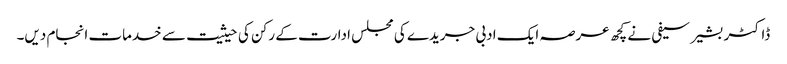
ڈاکٹر بشیر سیفی نے کچھ عرصہ ایک ادبی جریدے کی مجلس ادارت کے رکن کی حیثیت سے خدمات انجام دیں۔